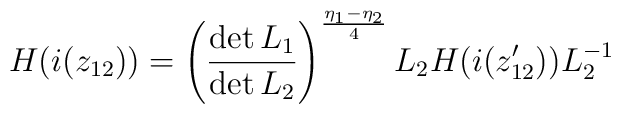
H(i(z_{12}))=\left(\frac{\det L_{1}}{\det L_{2}}\right)^{\frac{\eta_{1}-\eta_{2}}{4}}L_{2}H(i(z^{\prime}_{12}))L^{-1}_{2}